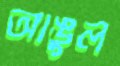
আঙুল